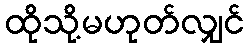
ထိုသို့မဟုတ်လျှင်